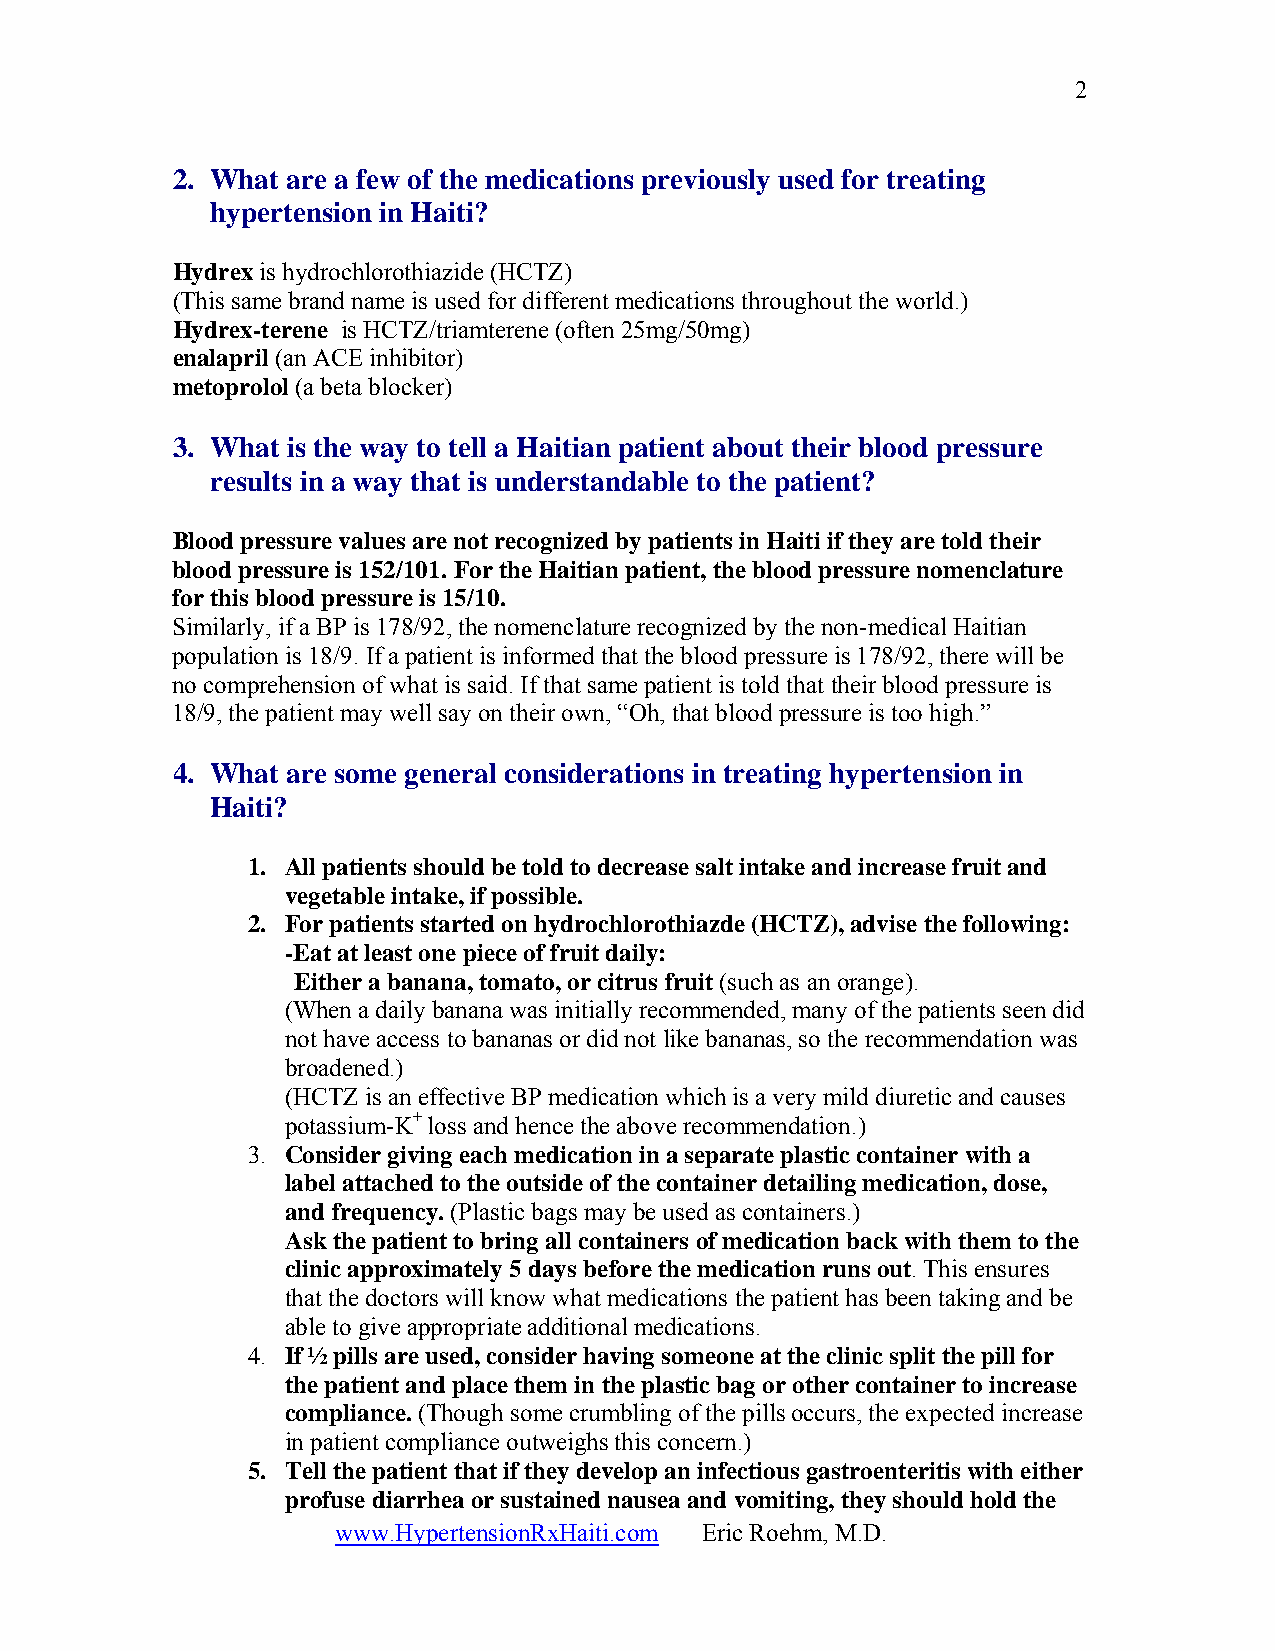
2
 2. What are a few of the medications previously used for treating
 hypertension in Haiti?
 Hydrex is hydrochlorothiazide (HCTZ)
 (This same brand name is used for different medications throughout the world.)
 Hydrex-terene is HCTZ/triamterene (often 25mg/50mg)
 enalapril (an ACE inhibitor)
 metoprolol (a beta blocker)
 3. What is the way to tell a Haitian patient about their blood pressure
 results in a way that is understandable to the patient?
 Blood pressure values are not recognized by patients in Haiti if they are told their
 blood pressure is 152/101. For the Haitian patient, the blood pressure nomenclature
 for this blood pressure is 15/10.
 Similarly, if a BP is 178/92, the nomenclature recognized by the non-medical Haitian
 population is 18/9. If a patient is informed that the blood pressure is 178/92, there will be
 no comprehension of what is said. If that same patient is told that their blood pressure is
 18/9, the patient may well say on their own, “Oh, that blood pressure is too high.”
 4. What are some general considerations in treating hypertension in
 Haiti?
 1. All patients should be told to decrease salt intake and increase fruit and
 vegetable intake, if possible.
 2. For patients started on hydrochlorothiazde (HCTZ), advise the following:
 -Eat at least one piece of fruit daily:
 Either a banana, tomato, or citrus fruit (such as an orange).
 (When a daily banana was initially recommended, many of the patients seen did
 not have access to bananas or did not like bananas, so the recommendation was
 broadened.)
 (HCTZ is an effective BP medication which is a very mild diuretic and causes
 potassium-K+ loss and hence the above recommendation.)
 3. Consider giving each medication in a separate plastic container with a
 label attached to the outside of the container detailing medication, dose,
 and frequency. (Plastic bags may be used as containers.)
 Ask the patient to bring all containers of medication back with them to the
 clinic approximately 5 days before the medication runs out. This ensures
 that the doctors will know what medications the patient has been taking and be
 able to give appropriate additional medications.
 4. If ½ pills are used, consider having someone at the clinic split the pill for
 the patient and place them in the plastic bag or other container to increase
 compliance. (Though some crumbling of the pills occurs, the expected increase
 in patient compliance outweighs this concern.)
 5. Tell the patient that if they develop an infectious gastroenteritis with either
 profuse diarrhea or sustained nausea and vomiting, they should hold the
 www.HypertensionRxHaiti.com Eric Roehm, M.D.